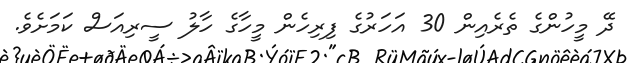
ދޭ މީހުންގެ ތެރެއިން 30 އަހަރުގެ ފިރިހެން މީހާގެ ހާާލު ސީރިއަސް ކަމަށެވެ.